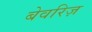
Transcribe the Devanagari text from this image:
बेवरिज़